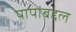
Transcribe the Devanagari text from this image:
पापांबद्दल